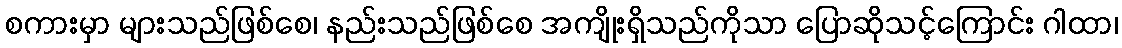
စကားမှာ များသည်ဖြစ်စေ၊ နည်းသည်ဖြစ်စေ အကျိုးရှိသည်ကိုသာ ပြောဆိုသင့်ကြောင်း ဂါထာ၊